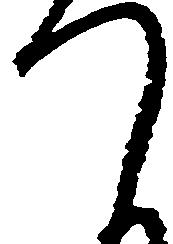
つ